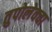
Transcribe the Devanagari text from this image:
तुपोलेवचा